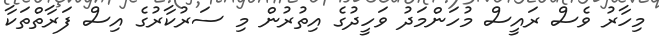
މިހާރު ވެސް ރައީސް މުހަންމަދު ވަހީދުގެ އިތުރުން މި ސަރުކާރުގެ އިސް ފަރާތްތަކާ